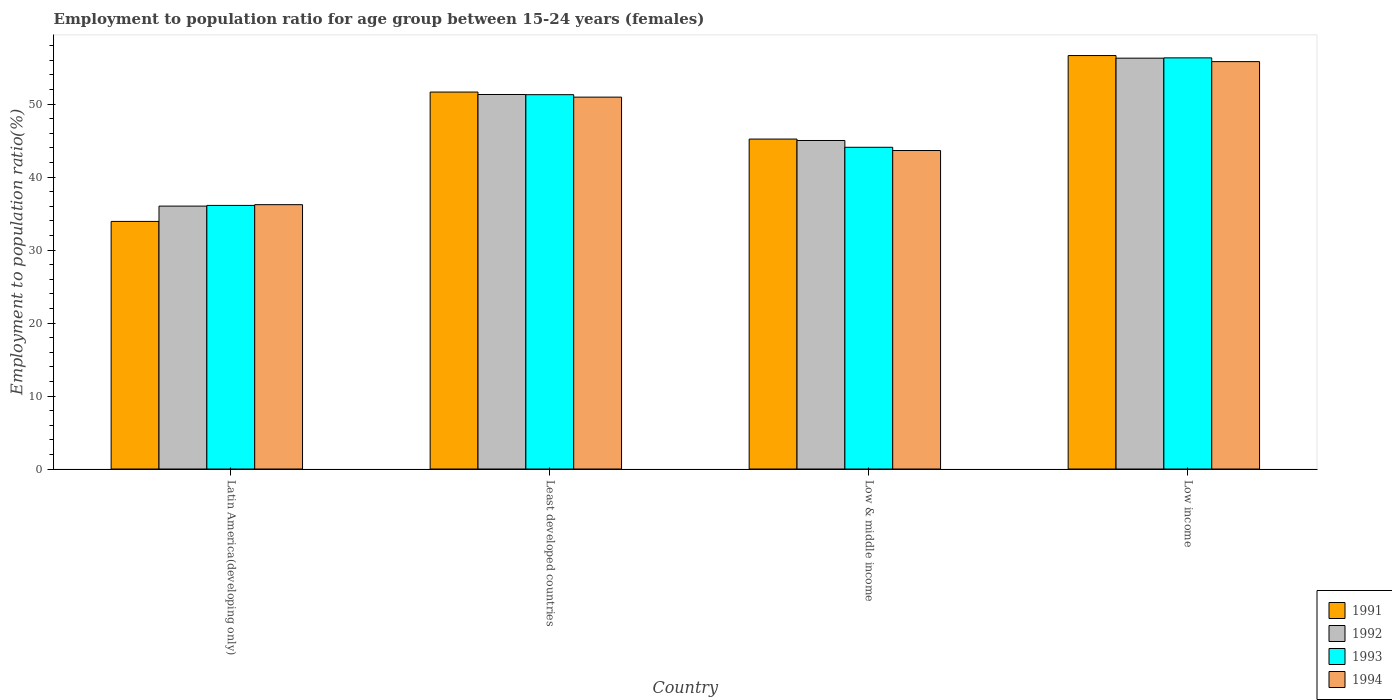
| Country | 1991 | 1992 | 1993 | 1994 |
 | --- | --- | --- | --- | --- |
 | Latin America(developing only) | 33.9 | 36 | 36.1 | 36.2 |
 | Least developed countries | 51.7 | 51.3 | 51.3 | 51 |
 | Low & middle income | 45.2 | 45 | 44.1 | 43.6 |
 | Low income | 56.7 | 56.3 | 56.3 | 55.8 |